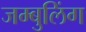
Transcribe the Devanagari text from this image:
जम्बुलिंग